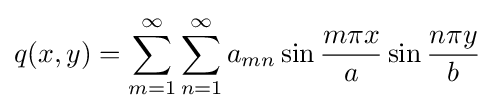
q(x,y)=\sum _{m=1}^{\infty }\sum _{n=1}^{\infty }a_{mn}\sin {\frac {m\pi x}{a}}\sin {\frac {n\pi y}{b}}